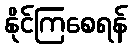
နိုင်ကြစေရန်